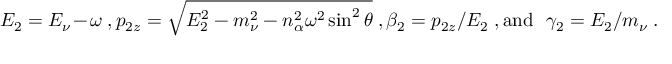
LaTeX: E _ { 2 } = E _ { \nu } - \omega \ , p _ { 2 z } = \sqrt { E _ { 2 } ^ { 2 } - m _ { \nu } ^ { 2 } - n _ { \alpha } ^ { 2 } \omega ^ { 2 } \sin ^ { 2 } \theta } \ , \beta _ { 2 } = p _ { 2 z } / E _ { 2 } \ , \mathrm { a n d \ \ } \gamma _ { 2 } = E _ { 2 } / m _ { \nu } \ .